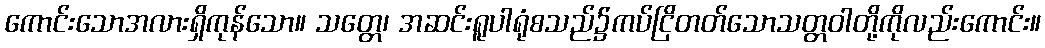
ကောင်းသောအလားရှိကုန်သော။ သတ္တေ၊ အဆင်းရူပါရုံစသည်၌ကပ်ငြိတတ်သောသတ္တဝါတို့ကိုလည်းကောင်း။